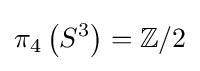
\pi _{4}\left(S^{3}\right)=\mathbb {Z} /2